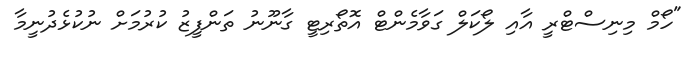
"ހޯމް މިނިސްޓްރީ އާއި ލޯކަލް ގަވާމެންޓް އޮތޯރިޓީ ގާނޫނު ތަންފީޒު ކުރުމަށް ނުކުޅެދުނީމާ